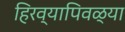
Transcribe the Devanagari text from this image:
हिरव्यापिवळ्या